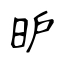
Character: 昈